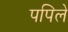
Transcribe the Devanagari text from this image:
पपिले